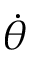
\dot { \theta }